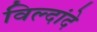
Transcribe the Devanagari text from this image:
विल्दांदे